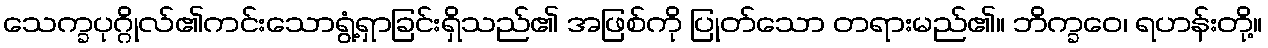
သေက္ခပုဂ္ဂိုလ်၏ကင်းသောရွံ့ရှာခြင်းရှိသည်၏ အဖြစ်ကို ပြုတ်သော တရားမည်၏။ ဘိက္ခဝေ၊ ရဟန်းတို့။